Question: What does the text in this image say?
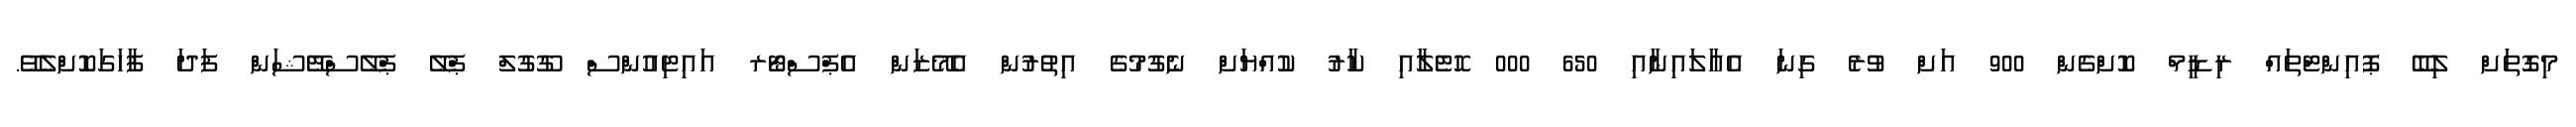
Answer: މިގޮތަށް ލިބޭ ޕޮއިންޓްތައް ރިޑީމް ކޮށްގެން 900 އަށް ވުރެ ގިނަ އެއާލައިނާއި 650 000 ހޮޓެލާއި ކާރު ކުއްޔަށް ނެގުމުގެ އިތުރުން އެމޭޒަން އެޕްސްޓޯރ އައިޓިއުންސް ގޫގުލް ޕްލޭ ޕްލޭސްޓޭޝަން ފަދަ ފާހަގަކޮށްލެވޭ.